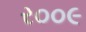
ર૦૦૯